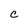
Character: C